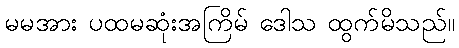
မမအား ပထမဆုံးအကြိမ် ဒေါသ ထွက်မိသည်။